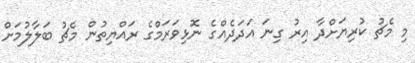
މި މެޗު ކުރިޔަށްދާ އިރު ގިނަ އަދަދެއްގެ ނޮޅިވަރަމްގެ ރައްޔިތުން މެޗު ބަލާލުމަށް